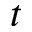
t